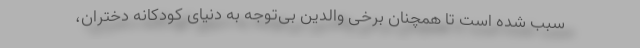
سبب شده است تا همچنان برخی والدین بی‌توجه به دنیای کودکانه دختران،